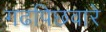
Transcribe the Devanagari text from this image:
गढपिछवारे